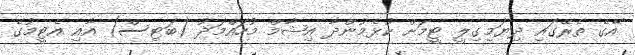
އޭގެ ތެރޭގައި ދިޔަމިގިލީ ޓީމަށް ކުޅެމުންދާ އިޝާމް މުހައްމަދު (ބަޓިސް) އާއި އެޓީމުގެ